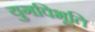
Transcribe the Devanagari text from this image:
युगविभूति